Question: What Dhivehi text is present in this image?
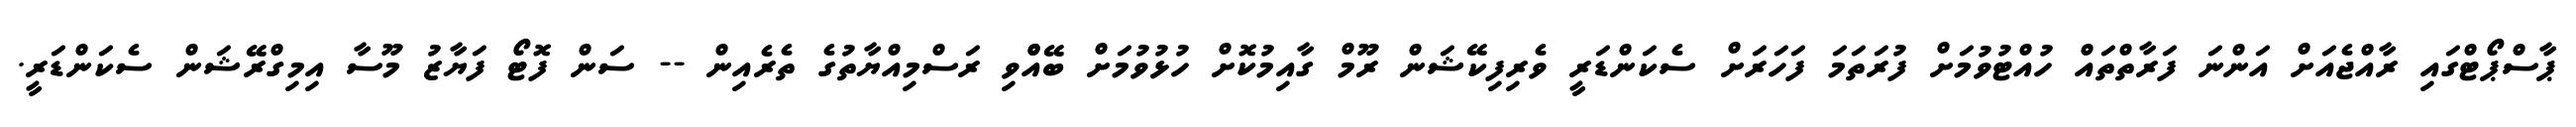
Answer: ޕާސްޕޯޓްގައި ރާއްޖެއަށް އަންނަ ފަރާތްތައް ހުއްޓުވުމަށް ފުރަތަމަ ފަހަރަށް ސެކަންޑަރީ ވެރިފިކޭޝަން ރޫމް ގާއިމުކޮށް ހުޅުވުމަށް ބޭއްްވި ރަސްމިއްޔާތުގެ ތެރެއިން -- ސަން ފޮޓޯ ފަޔާޒު މޫސާ އިމިގްރޭޝަން ސެކަންޑަރީ.